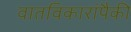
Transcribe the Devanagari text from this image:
वातविकारांपैकी